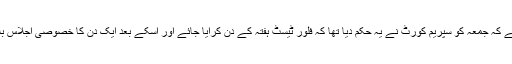
قابل غور ہے کہ جمعہ کو سپریم کورٹ نے یہ حکم دیا تھا کہ فلور ٹیسٹ ہفتہ کے دن کرایا جائے اور اسکے بعد ایک دن کا خصوصی اجلاس بلایا گیا تھا ۔